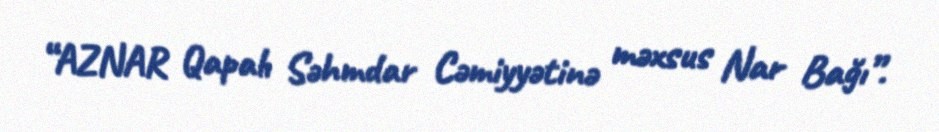
“AZNAR Qapalı Səhmdar Cəmiyyətinə məxsus Nar Bağı”.